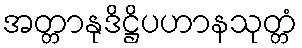
အတ္တာနုဒိဋ္ဌိပဟာနသုတ္တံ